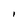
Character: i